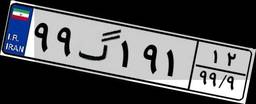
۷۹گ۵۶۱۷۹